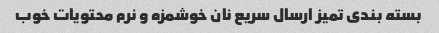
بسته بندی تمیز ارسال سریع نان خوشمزه و نرم محتویات خوب